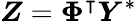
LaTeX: \boldsymbol{Z}=\boldsymbol{\Phi}^{\intercal}\boldsymbol{Y}^{\ast}